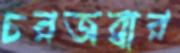
চরজব্বার